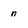
Character: n